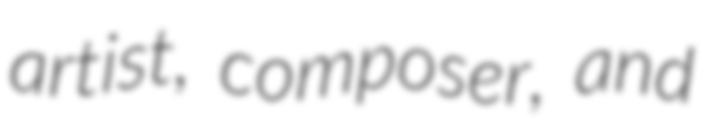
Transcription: artist, composer, and